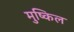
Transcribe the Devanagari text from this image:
मुष्किल